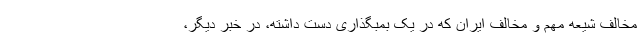
مخالف شیعه مهم و مخالف ایران که در یک بمبگذاری دست داشته، در خبر دیگر،